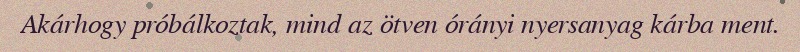
Akárhogy próbálkoztak, mind az ötven órányi nyersanyag kárba ment.